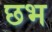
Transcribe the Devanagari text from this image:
छभ